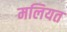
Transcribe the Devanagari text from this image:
मलियत